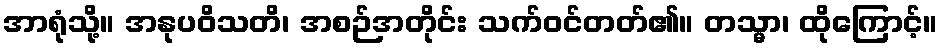
အာရုံသို့။ အနုပဝိသတိ၊ အစဉ်အတိုင်း သက်ဝင်တတ်၏။ တသ္မာ၊ ထိုကြောင့်။